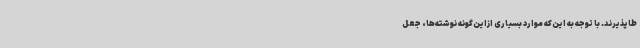
طاپذیرند. با توجه به این‌که موارد بسیاری ازاین‌گونه نوشته‌ها، جعل